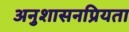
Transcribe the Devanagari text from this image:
अनुशासनप्रियता